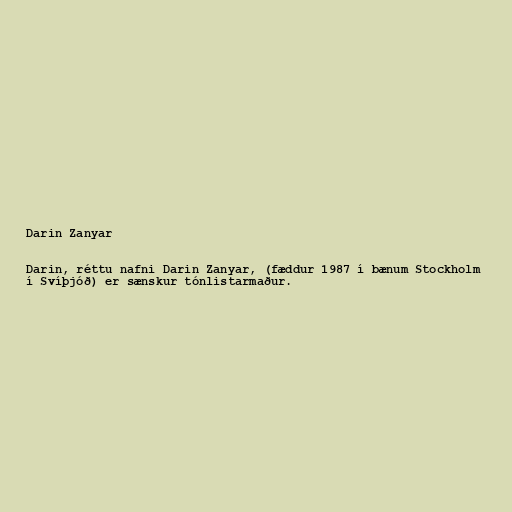
Darin Zanyar

Darin, réttu nafni Darin Zanyar, (fæddur 1987 í bænum Stockholm
í Svíþjóð) er sænskur tónlistarmaður.